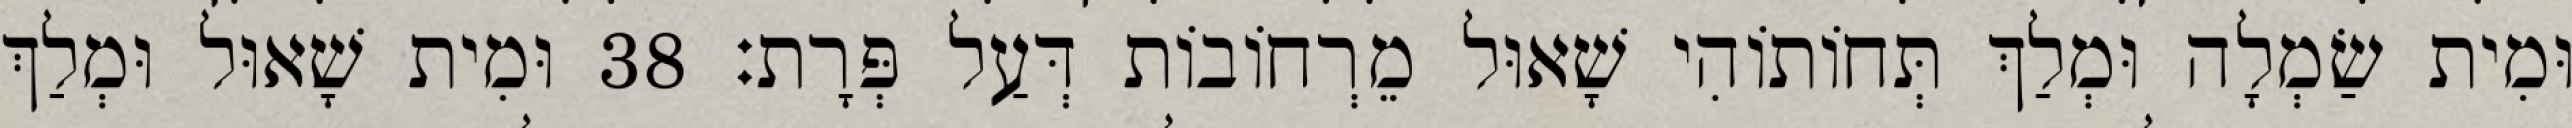
וּמִית שַׂמְלָה וּמְלַךְ תְּחוֹתוֹהִי שָׁאוּל מֵרְחוֹבוֹת דְּעַל פְּרָת׃ 38 וּמִית שָׁאוּל וּמְלַךְ